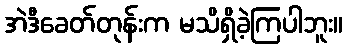
အဲဒီခေတ်တုန်းက မသိရှိခဲ့ကြပါဘူး။